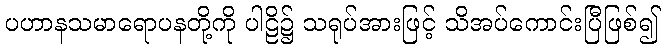
ပဟာနသမာရောပနတို့ကို ပါဠိ၌ သရုပ်အားဖြင့် သိအပ်ကောင်းပြီဖြစ်၍